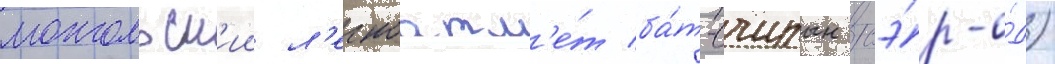
монгольск'ии л'егкоатл'е́т ба́т-очирын сэ́р-о́д)